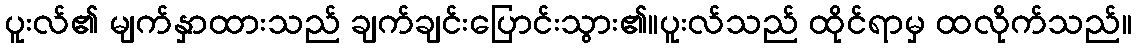
ပူးလ်၏ မျက်နှာထားသည် ချက်ချင်းပြောင်းသွား၏။ပူးလ်သည် ထိုင်ရာမှ ထလိုက်သည်။